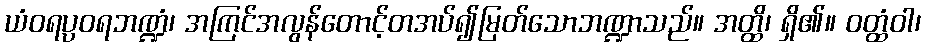
ယံဝရပ္ပဝရဘဏ္ဍံ၊ အကြင်အလွန်တောင့်တအပ်၍မြတ်သောဘဏ္ဍာသည်။ အတ္ထိ၊ ရှိ၏။ ဝတ္ထံဝါ၊